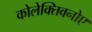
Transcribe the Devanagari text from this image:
कोलेक्तिवनोए